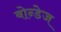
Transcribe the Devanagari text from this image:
बोन्डेज